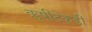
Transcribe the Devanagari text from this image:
ॠषीटेकडी